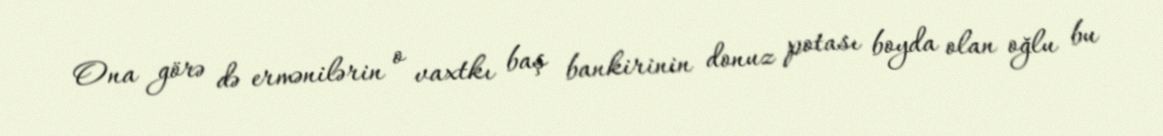
Ona görə də ermənilərin o vaxtkı baş bankirinin donuz potası boyda olan oğlu bu